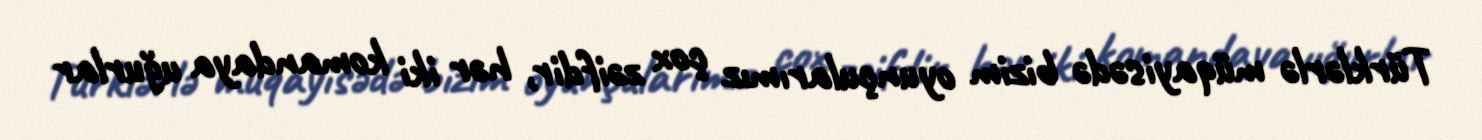
Türklərlə müqayisədə bizim oyunçularımız çox zəifdir, hər iki komandaya uğurlar